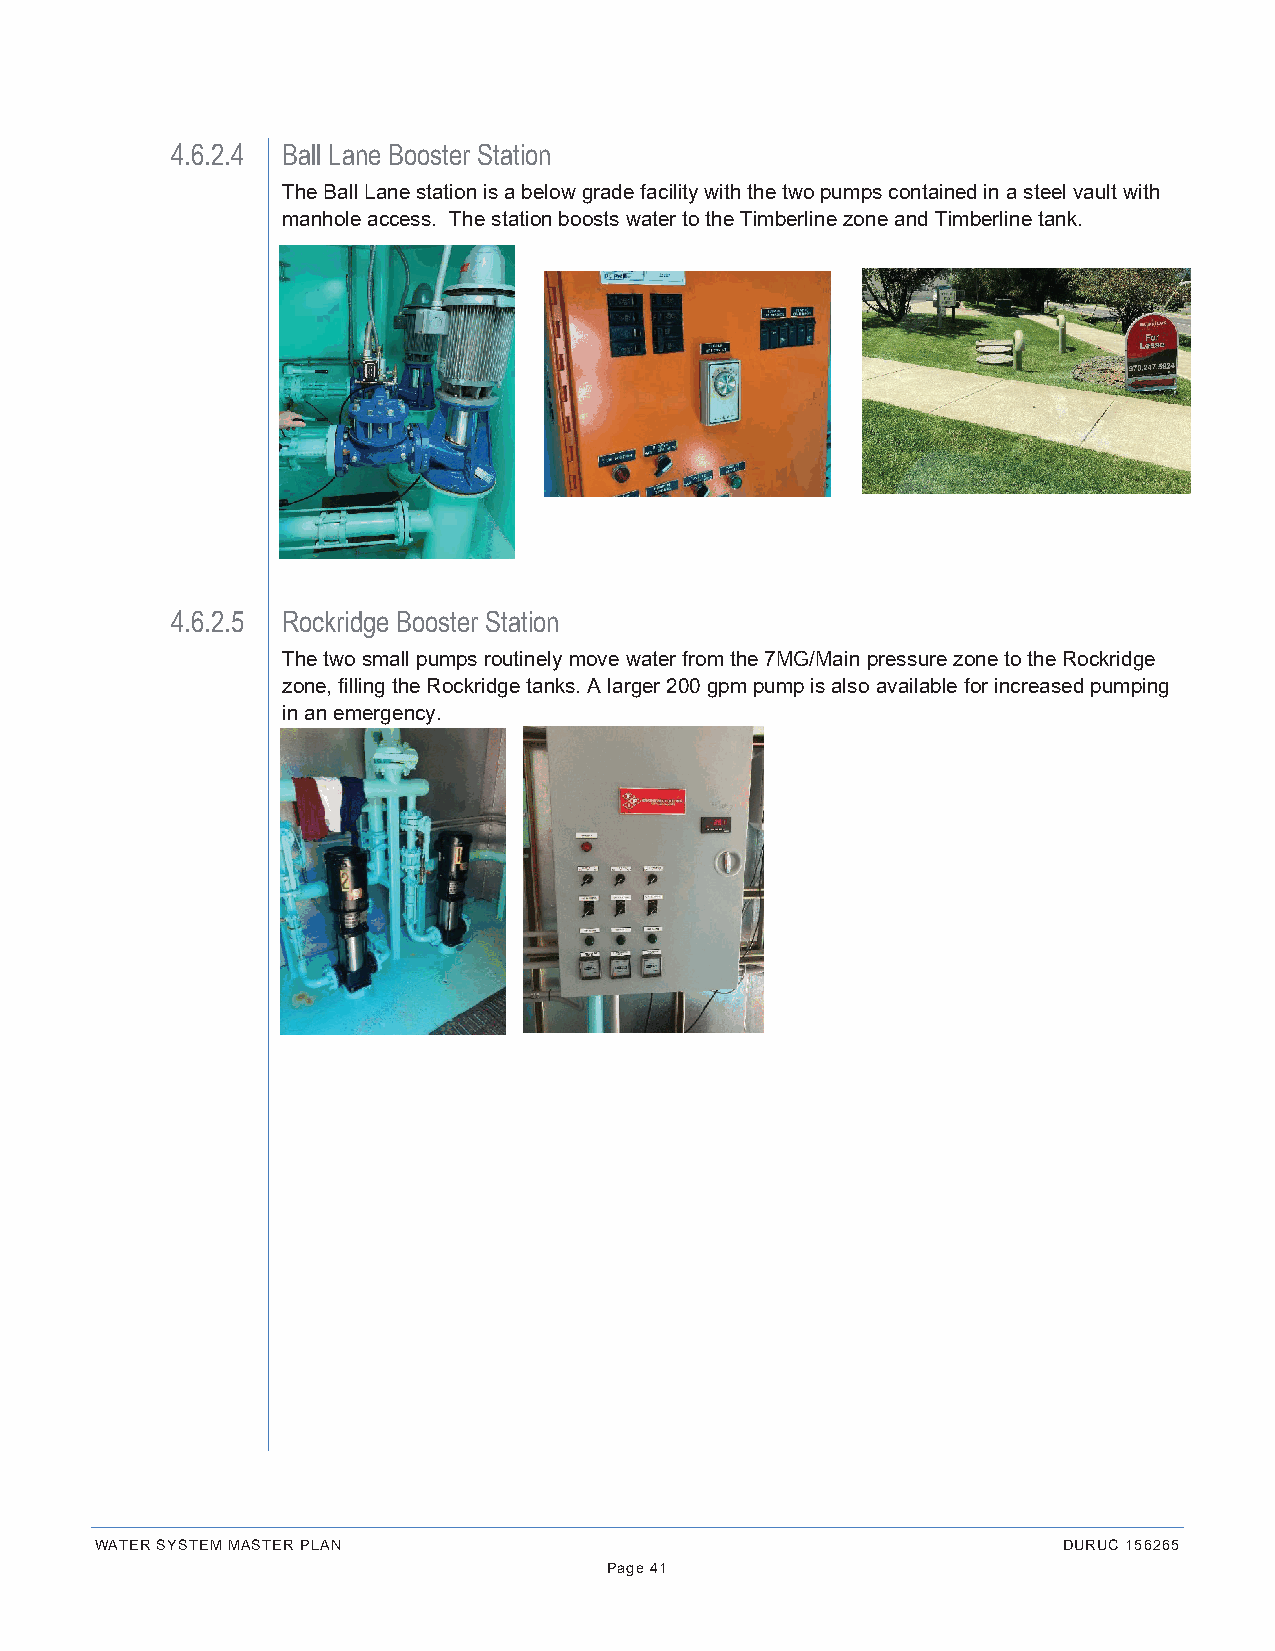
4.6.2.4 Ball Lane Booster Station
 The Ball Lane station is a below grade facility with the two pumps contained in a steel vault with
 manhole access. The station boosts water to the Timberline zone and Timberline tank.
 4.6.2.5 Rockridge Booster Station
 The two small pumps routinely move water from the 7MG/Main pressure zone to the Rockridge
 zone, filling the Rockridge tanks. A larger 200 gpm pump is also available for increased pumping
 in an emergency.
 WATER SYSTEM MASTER PLAN                                        DURUC 156265
 Page 41